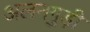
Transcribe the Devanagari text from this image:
अलनगुड़ी